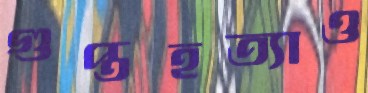
গুপ্তহত্যাও